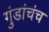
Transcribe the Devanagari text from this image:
गुंडांचंच